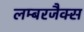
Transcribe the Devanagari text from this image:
लम्बरजैक्स